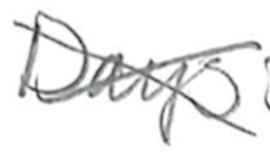
Text: Days
Cross-out: cross
Writing tool: pencil